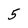
Character: 5